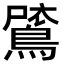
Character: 𪂗